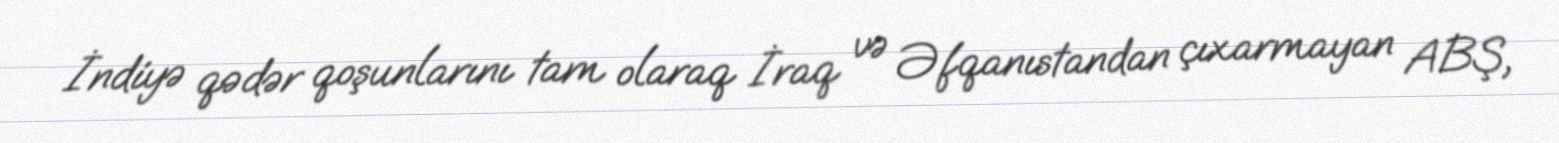
İndiyə qədər qoşunlarını tam olaraq İraq və Əfqanıstandan çıxarmayan ABŞ,